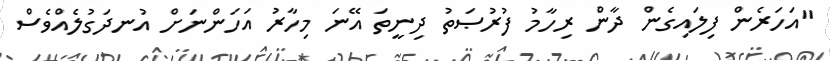
"އަހަރެން ފިލައިގެން ދާން ރިހާމު ފުރުޞަތު ދިނީތަ އޭނަ މިހާރު އަހަންނަށް އުނދަގުލެއްވެސް